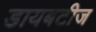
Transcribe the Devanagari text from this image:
डायबटीज